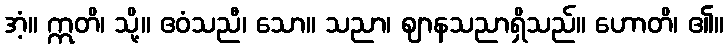
အံ့။ ဣတိ၊ သို့။ ဧဝံသညီ၊ သော။ သညာ၊ ဈာနသညာရှိသည်။ ဟောတိ၊ ၏။